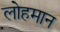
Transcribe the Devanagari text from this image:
लोहमान